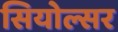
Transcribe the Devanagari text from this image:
सियोल्सर